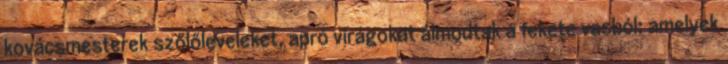
kovácsmesterek szőlőleveleket, apró virágokat álmodtak a fekete vasból; amelyek